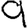
Digit: 9